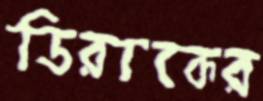
ডিরাকের